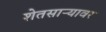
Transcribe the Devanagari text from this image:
शेतसाऱ्यावर